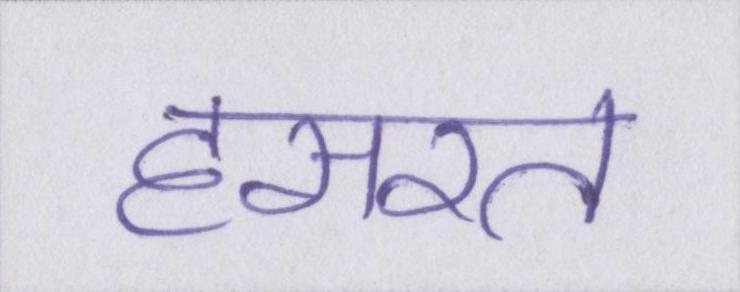
हसरत